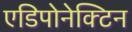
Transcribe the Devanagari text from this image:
एडिपोनेक्टिन